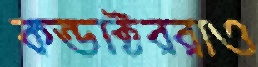
কন্ডাক্টররাও